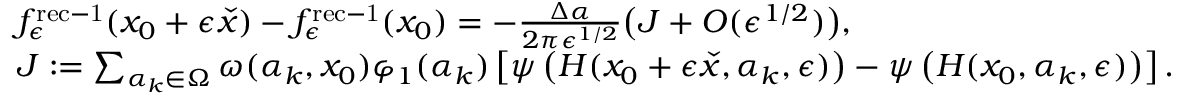
\begin{array} { r l } & { f _ { \epsilon } ^ { \mathrm { r e c - 1 } } ( x _ { 0 } + \epsilon \check { x } ) - f _ { \epsilon } ^ { \mathrm { r e c - 1 } } ( x _ { 0 } ) = - \frac { \Delta \alpha } { 2 \pi \epsilon ^ { 1 / 2 } } \bigl ( J + O ( \epsilon ^ { 1 / 2 } ) \bigr ) , } \\ & { J : = \sum _ { \alpha _ { k } \in \Omega } \omega ( \alpha _ { k } , x _ { 0 } ) \varphi _ { 1 } ( \alpha _ { k } ) \left[ \psi \left( H ( x _ { 0 } + \epsilon \check { x } , \alpha _ { k } , \epsilon ) \right) - \psi \left( H ( x _ { 0 } , \alpha _ { k } , \epsilon ) \right) \right] . } \end{array}